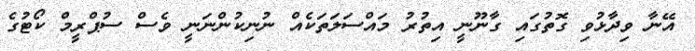
އޭނާ ވިދާޅުވި ގޮތުގައި ގާނޫނީ އިތުރު މައްސަލަތަކެއް ނުނިކުންނަނީ ވެސް ސުޕްރީމް ކޯޓުގެ